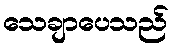
သေချာပေသည်